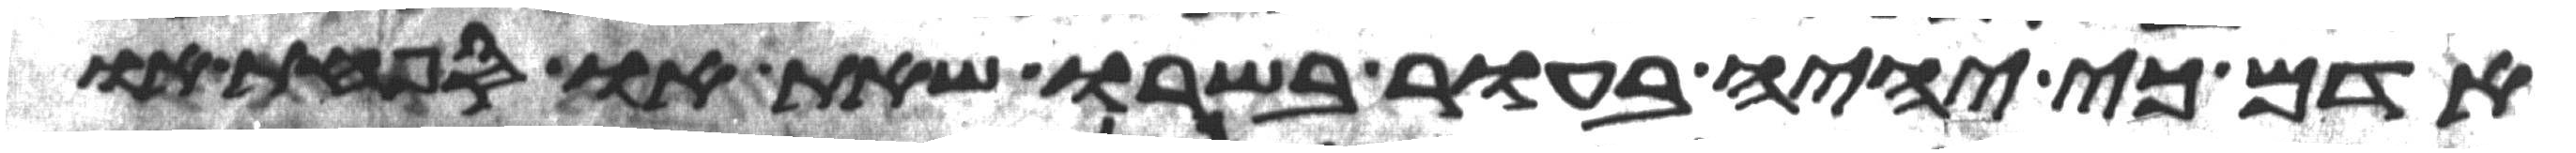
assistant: אדם כי יהיה בעור בשרו שאת או ספחת או